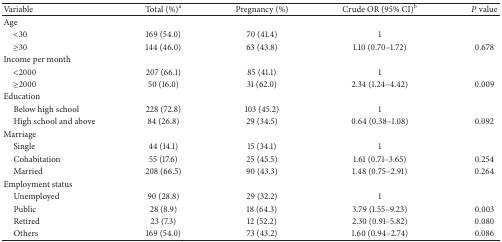
<table><thead><tr><td><b> Variable</b></td><td><b>Total (%)<sup>a</sup></b></td><td><b>Pregnancy (%)</b></td><td><b>Crude OR (95% CI)<sup>b</sup></b></td><td><b><i>P</i> value</b></td></tr></thead><tbody><tr><td>Age</td><td> </td><td> </td><td> </td><td> </td></tr><tr><td> &lt;30</td><td>169 (54.0)</td><td>70 (41.4)</td><td>1</td><td> </td></tr><tr><td> ≥30</td><td>144 (46.0)</td><td>63 (43.8)</td><td>1.10 (0.70–1.72)</td><td>0.678</td></tr><tr><td>Income per month</td><td> </td><td> </td><td> </td><td> </td></tr><tr><td> &lt;2000</td><td>207 (66.1)</td><td>85 (41.1)</td><td>1</td><td> </td></tr><tr><td> ≥2000</td><td>50 (16.0)</td><td>31 (62.0)</td><td>2.34 (1.24–4.42)</td><td>0.009</td></tr><tr><td>Education</td><td> </td><td> </td><td> </td><td> </td></tr><tr><td> Below high school</td><td>228 (72.8)</td><td>103 (45.2)</td><td>1</td><td> </td></tr><tr><td> High school and above</td><td>84 (26.8)</td><td>29 (34.5)</td><td>0.64 (0.38–1.08)</td><td>0.092</td></tr><tr><td>Marriage</td><td> </td><td> </td><td> </td><td> </td></tr><tr><td> Single</td><td>44 (14.1)</td><td>15 (34.1)</td><td>1</td><td> </td></tr><tr><td> Cohabitation</td><td>55 (17.6)</td><td>25 (45.5)</td><td>1.61 (0.71–3.65)</td><td>0.254 </td></tr><tr><td> Married</td><td>208 (66.5)</td><td>90 (43.3)</td><td>1.48 (0.75–2.91)</td><td>0.264 </td></tr><tr><td>Employment status</td><td> </td><td> </td><td> </td><td> </td></tr><tr><td> Unemployed</td><td>90 (28.8)</td><td>29 (32.2)</td><td>1</td><td> </td></tr><tr><td> Public</td><td>28 (8.9)</td><td>18 (64.3)</td><td>3.79 (1.55–9.23)</td><td>0.003 </td></tr><tr><td> Retired</td><td>23 (7.3)</td><td>12 (52.2)</td><td>2.30 (0.91–5.82)</td><td>0.080 </td></tr><tr><td> Others</td><td>169 (54.0)</td><td>73 (43.2)</td><td>1.60 (0.94–2.74)</td><td>0.086 </td></tr></tbody></table>